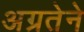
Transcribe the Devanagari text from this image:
अग्रतेने